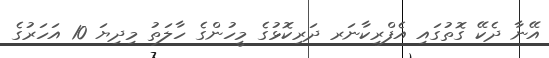
އޭނާ ދެކޭ ގޮތުގައި އެފްރިކާނަރ ދަރިކޮޅުގެ މީހުންގެ ހާލަތު މިދިޔަ 10 އަހަރުގެ